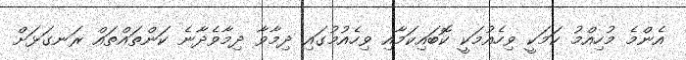
އެންމެ މުހިއްމު ކަމަކީ ވިހެއުމަކީ ކޮބައިކަމާއި ވިހެއުމުގައި ދިމާވާ ދިމާވެދާނެ ކަންތައްތައް ރަނގަޅަށް